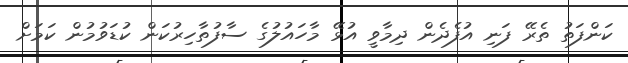
ކަންފަތު ތެރޭ ފަނި އުފެދެން ދިމާވީ އުޅޭ މާހައުލުގެ ސާފުތާހިރުކަން ކުޑަވުމުން ކަމަށް